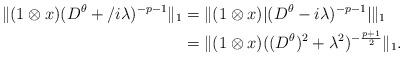
LaTeX: \begin{align*} \|(1\otimes x)(D^\theta + /i\lambda)^{-p-1}\|_1 &= \|(1\otimes x)|(D^\theta-i\lambda)^{-p-1}|\|_1\\ &= \|(1\otimes x)((D^\theta)^2+\lambda^2)^{-\frac{p+1}{2}}\|_1. \end{align*}